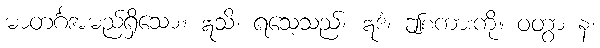
မာတင်္ဂအမည်ရှိသော။ ဣသိ၊ ရသေ့သည်။ ဣဒံ၊ ဤစကားကို။ ဝတွာ န၊